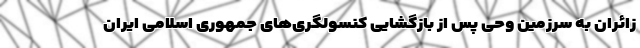
زائران به سرزمین وحی پس از بازگشایی کنسولگری‌های جمهوری اسلامی ایران